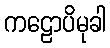
ကဠောပိမုခါ